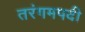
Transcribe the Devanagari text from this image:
तरंगमपदी